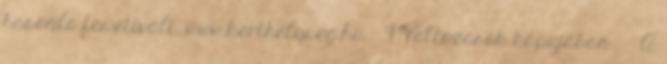
hasonló fesztivált. www.kerthelyseg.hu · 9 Változások kapujában ·· A